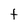
Character: t